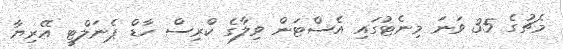
މެޗުގެ 35 ވަނަ މިނެޓުގައި އެސްޓަން ވިލާގެ ކްރިސް ހާޑް ޕެނަލްޓީ އޭރިޔާ